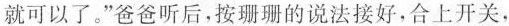
就可以了。”爸爸听后，按珊珊的说法接好，合上开关，